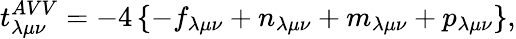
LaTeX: t_{\lambda\mu\nu}^{AVV}=-4\left\{ -f_{\lambda\mu\nu}+n_{\lambda\mu\nu}+m_{\lambda\mu\nu}+p_{\lambda\mu\nu}\right\} ,